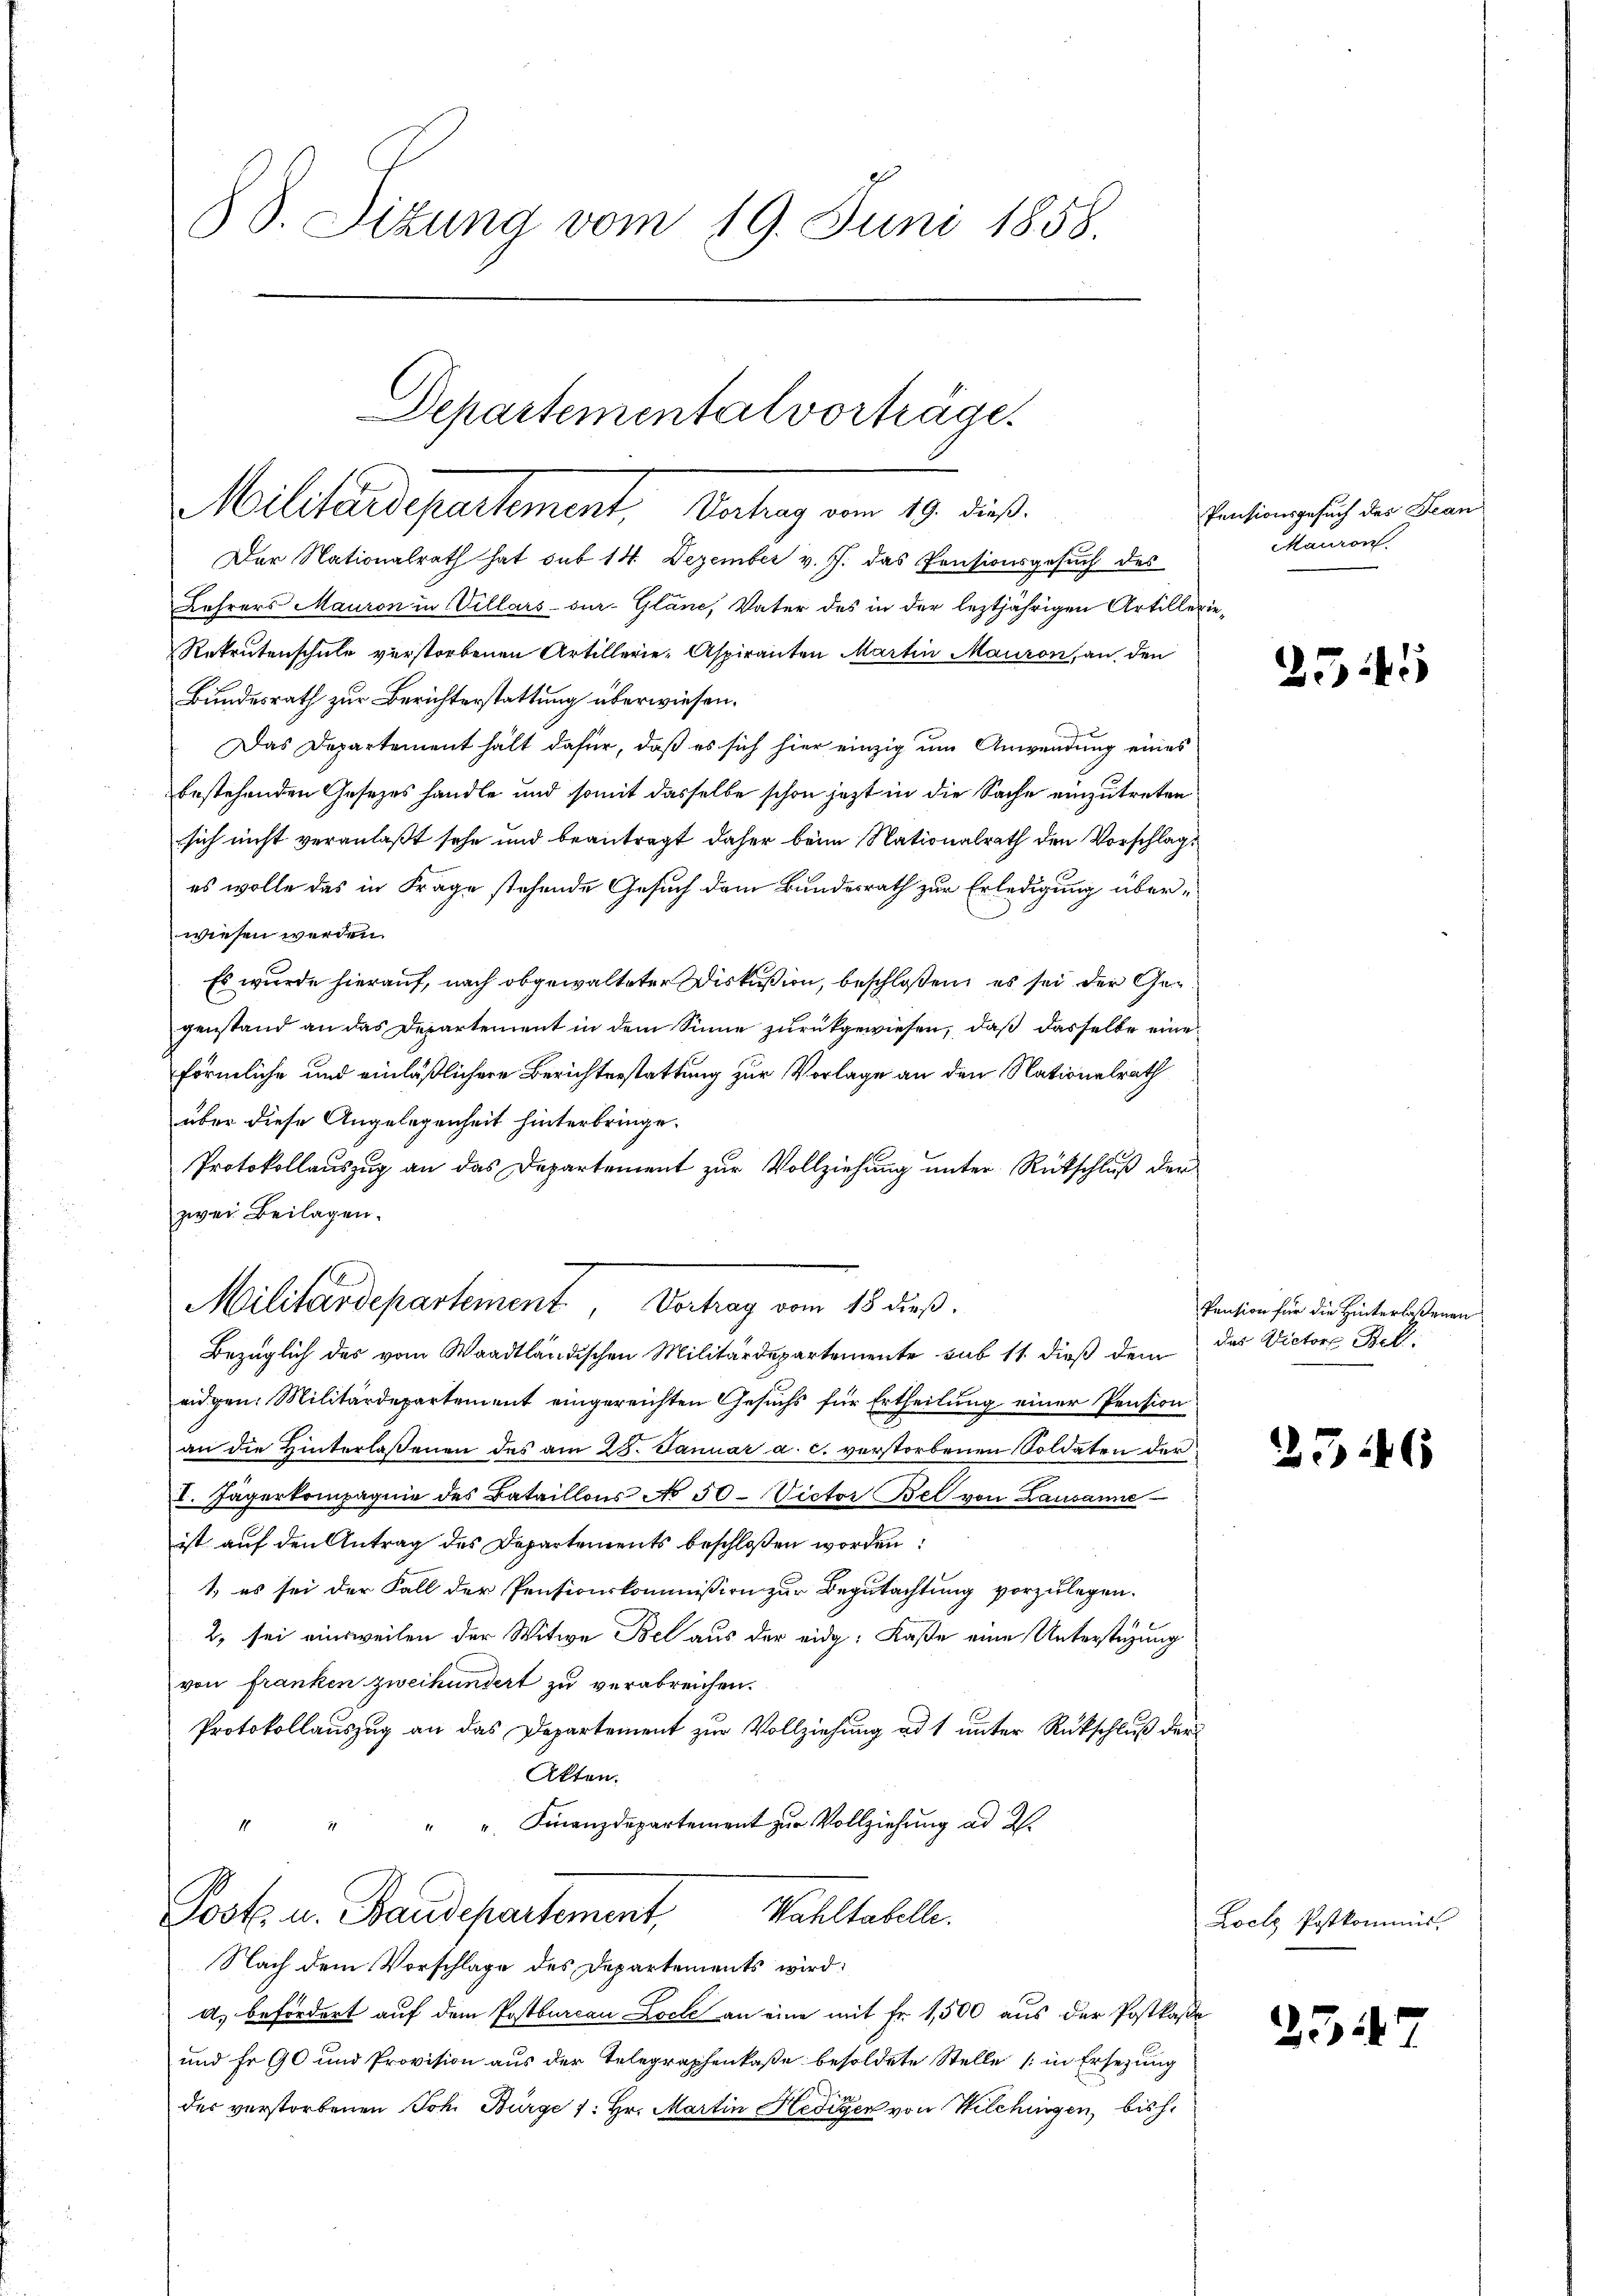
88. Sitzung vom 19. Juni 1858.

Departementalvorträge.
Militärdepartement, Antrag am 10. ds.

Der Nationalrath hat sub 14 Dezember v. J. das Pensionsgesuch des
Lehrers Mauron in Villars sur-Gläne, Vater des in der leztjährigen Artillerie-
Rekrutenschule verstorbenen Artillerie-Aspiranten Martin Mauron, an den
Bundesrath zur Berichterstattung überwiesen.
Das Departement hält dafür, daß es sich hier einzig um Anwendung eines
bestehenden Gesetzes handle und somit dasselbe schon jezt in die Sache einzutreten
sich nicht veranlaßt sehe und beantragt daher beim Nationalrath den Vorschlag
es wolle das in Frage stehende Gesuch dem Bundesrath zur Erledigung überwiesen werden.
Es wurde hierauf, nach obgewalteter Diskußion, beschloßen, es sei der Gegenstand an das Departement in dem Sinne zurückgewiesen, daß dasselbe eine
förmliche und einläßlichere Berichterstattung zur Vorlage an den Nationalrath
über diese Angelegenheit hinterbringe.
Protokollauszug an das Departement zur Vollziehung unter Rückschluß der
zwei Beilagen.
Bezüglich des vom Waadtländischen Militärdepartemente sub 11. dieß dem
eidgen. Militärdepartement eingereichten Gesuchs für Ertheilung einer Pension
an die Hinterlaßenen des am 28. Januar a. c. verstorbenen Soldaten der
V. Jägerkompagnie des Bataillons No 50. Victor Bel von Lausanne
ist auf den Antrag des Departements beschloßen worden:
1, es sei der Fall der Pensionskommission zur Begutachtung vorzulegen.
2, sei einsweilen der Witwe Bel aus der eidg. Kaße eine Unterstüzung
von franken zweihundert zu verabreichen.
Protokollauszug an das Departement zur Vollziehung ad 1 unter Rückschluß der
Akten.
" " Finanzdepartement zur Vollziehung ad 2.
Wahltabelle.
Post u. Baudepartement,
Nach dem Vorschlage des Departements wird:
a) befördert auf dem Postbureau Locke an eine mit Fr. 1,500 aus der Postkase
und Fr. 90 und Provision aus der Telegraphenkaße besoldete Stelle (in Ersezung
des verstorbenen Joh. Bürge f: Hr. Martin Hedigen von Wilchingen, bish

Militärdepartement, Vertrag vom 18 dieß.

Pensionsgesuch des Jean
Mauron

2545

Pension für die Hinterlassenen
das Victore Bett.

2546

2517

Loche Postkommis.